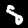
Digit: 5